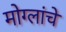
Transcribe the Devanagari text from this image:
मोग्लांचे